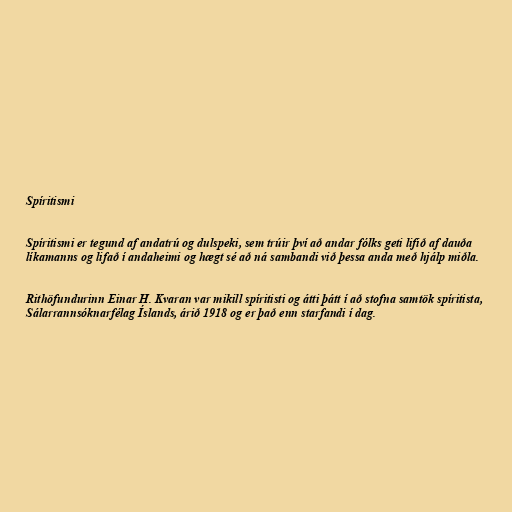
Spíritismi

Spíritismi er tegund af andatrú og dulspeki, sem trúir því að andar fólks geti lifið af dauða
líkamanns og lifað í andaheimi og hægt sé að ná sambandi við þessa anda með hjálp miðla.

Rithöfundurinn Einar H. Kvaran var mikill spíritisti og átti þátt í að stofna samtök spíritista,
Sálarrannsóknarfélag Íslands, árið 1918 og er það enn starfandi í dag.